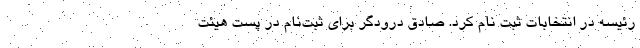
رئیسه در انتخابات ثبت نام کرد. صادق درودگر برای ثبت‌نام در پست هیئت